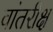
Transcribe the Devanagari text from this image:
वांतरीक्ष